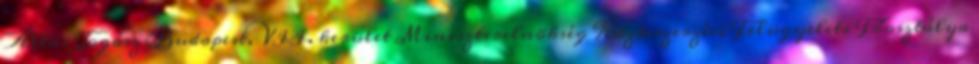
Állás Jogász Budapest, VII. kerület Miniszterelnökség Közbeszerzési Felügyeleti Főosztálya